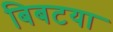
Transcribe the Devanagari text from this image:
बिबटया